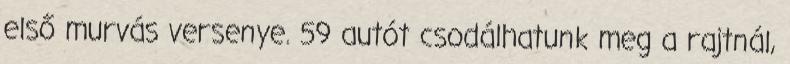
első murvás versenye. 59 autót csodálhatunk meg a rajtnál,